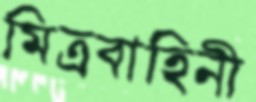
মিত্রবাহিনী